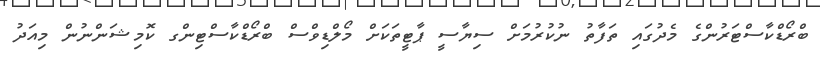
ބްރޯޑްކާސްޓަރުންގެ މެދުގައި ތަފާތު ނުކުރުމަށް ސިޔާސީ ޕާޓީތަކަށް މޯލްޑިވްސް ބްރޯޑްކާސްޓިންގ ކޮމިޝަންނުން މިއަދު